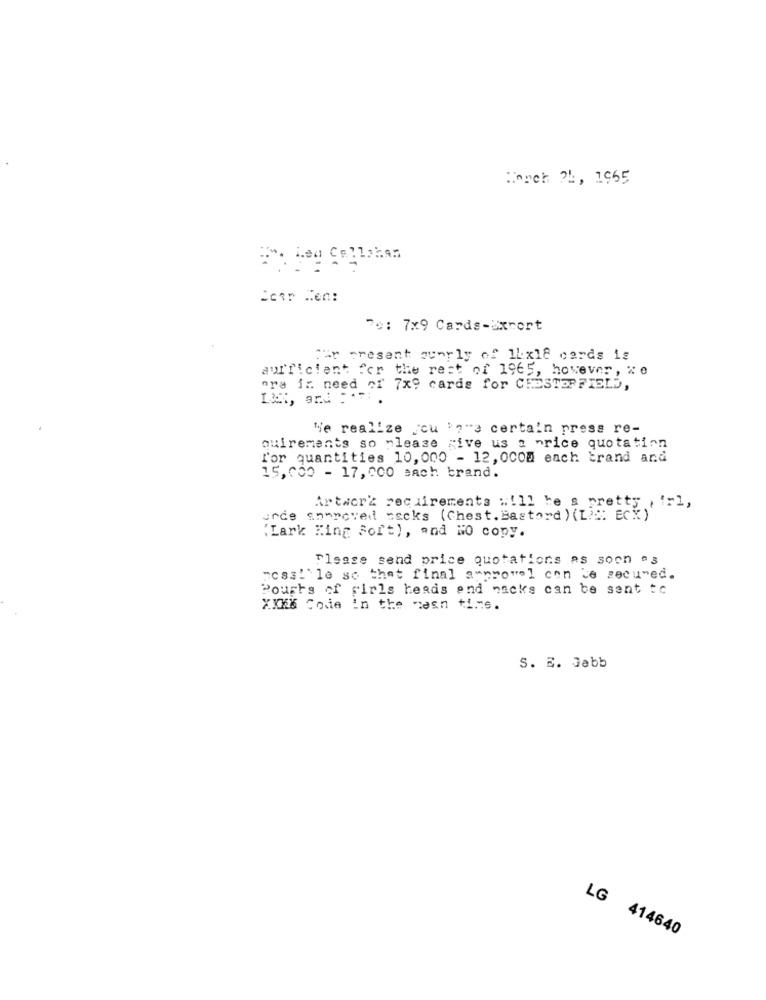
Beach 24, 1965
Ecer Hen:
70: 7x9 Cards-Bxrort
car present overly of 1x18 cards is
aurficient for the rest of 1965, however , " 0
ora i: need of 7x9 cards for CHESTERFIELD,
We realize cu '?"a certa'n press re-
quirements so please rive us a price quotation
L'or quantities 10, 000 - 12, 0com each trand and
15,000 - 17,000 each brand.
Artwork requirements "!ll he s pretty , irl,
urde an-pcved sacks (Chest. Bastord ) (Li: ECX )
'Lark King Soft), and NO copy.
Please send price quotations as soon as
messi'le so that final approval con te secured.
Pourhs of girls heads and nacks can be sent to
XXXX Coie in the mean ti.6.
S. B. Jabb
LG 414640